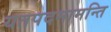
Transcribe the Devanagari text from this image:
यतपदमामन्ति